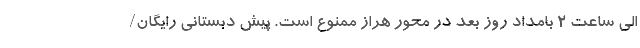
الی ساعت ۲ بامداد روز بعد در محور هراز ممنوع است. پیش دبستانی رایگان/